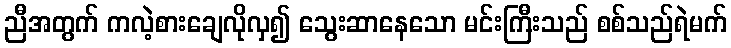
ညီအတွက် ကလဲ့စားချေလိုလှ၍ သွေးဆာနေသော မင်းကြီးသည် စစ်သည်ရဲမက်